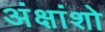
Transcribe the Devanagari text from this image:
अंक्षांशो